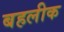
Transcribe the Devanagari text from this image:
बहलीक